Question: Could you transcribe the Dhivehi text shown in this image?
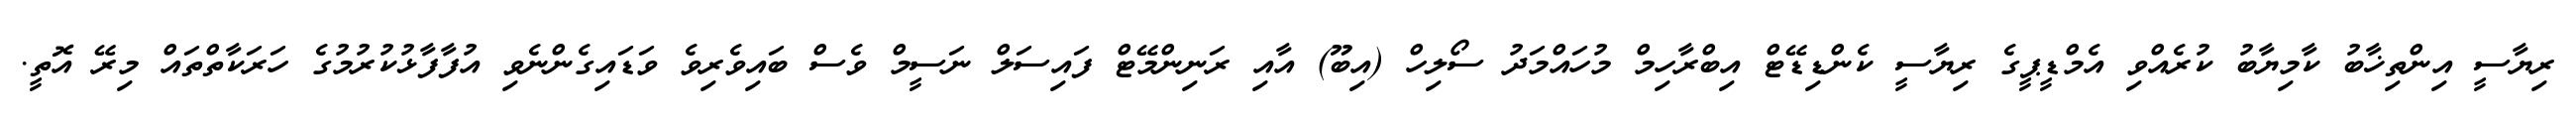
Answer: ރިޔާސީ އިންތިޚާބު ކާމިޔާބު ކުރެއްވި އެމްޑީޕީގެ ރިޔާސީ ކެންޑިޑޭޓް އިބްރާހިމް މުހައްމަދު ސޯލިހް (އިބޫ) އާއި ރަނިންމޭޓް ފައިސަލް ނަސީމް ވެސް ބައިވެރިވެ ވަޑައިގެންނެވި އުފާފާޅުކުރުމުގެ ހަރަކާތްތައް މިރޭ އޮތީ.